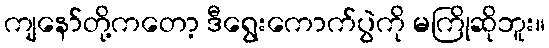
ကျနော်တို့ကတော့ ဒီရွေးကောက်ပွဲကို မကြိုဆိုဘူး။